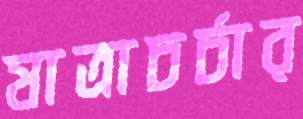
যাত্রাচর্চার